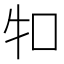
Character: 𤘘